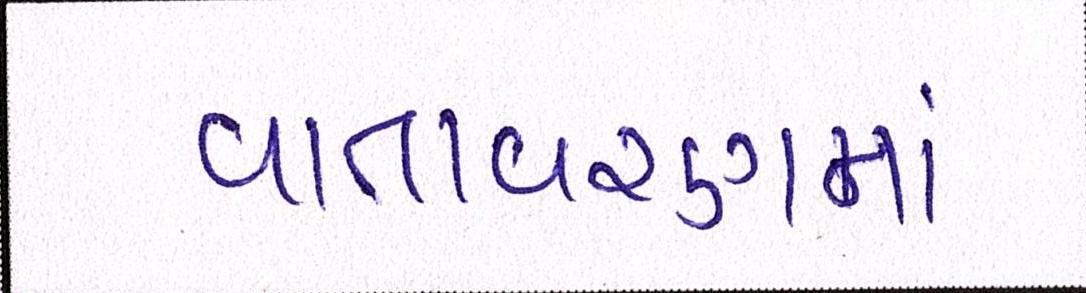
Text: વાતવરણમાં